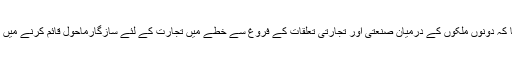
انہوں نے کہا کہ دونوں ملکوں کے درمیان صنعتی اور تجارتی تعلقات کے فروغ سے خطے میں تجارت کے لئے سازگارماحول قائم کرنے میں مدد ملے گی۔